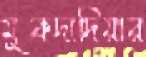
মুকদাদিয়ার